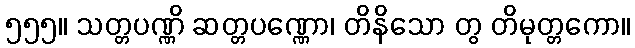
၅၅၅။ သတ္တပဏ္ဏိ ဆတ္တပဏ္ဏော၊ တိနိသော တွ တိမုတ္တကော။